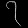
Digit: ၇